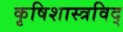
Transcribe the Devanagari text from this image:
कृषिशास्त्रविद्